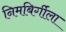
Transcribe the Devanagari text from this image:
निमबिर्गीला